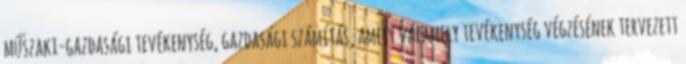
műszaki-gazdasági tevékenység, gazdasági számítás, amely valamely tevékenység végzésének tervezett